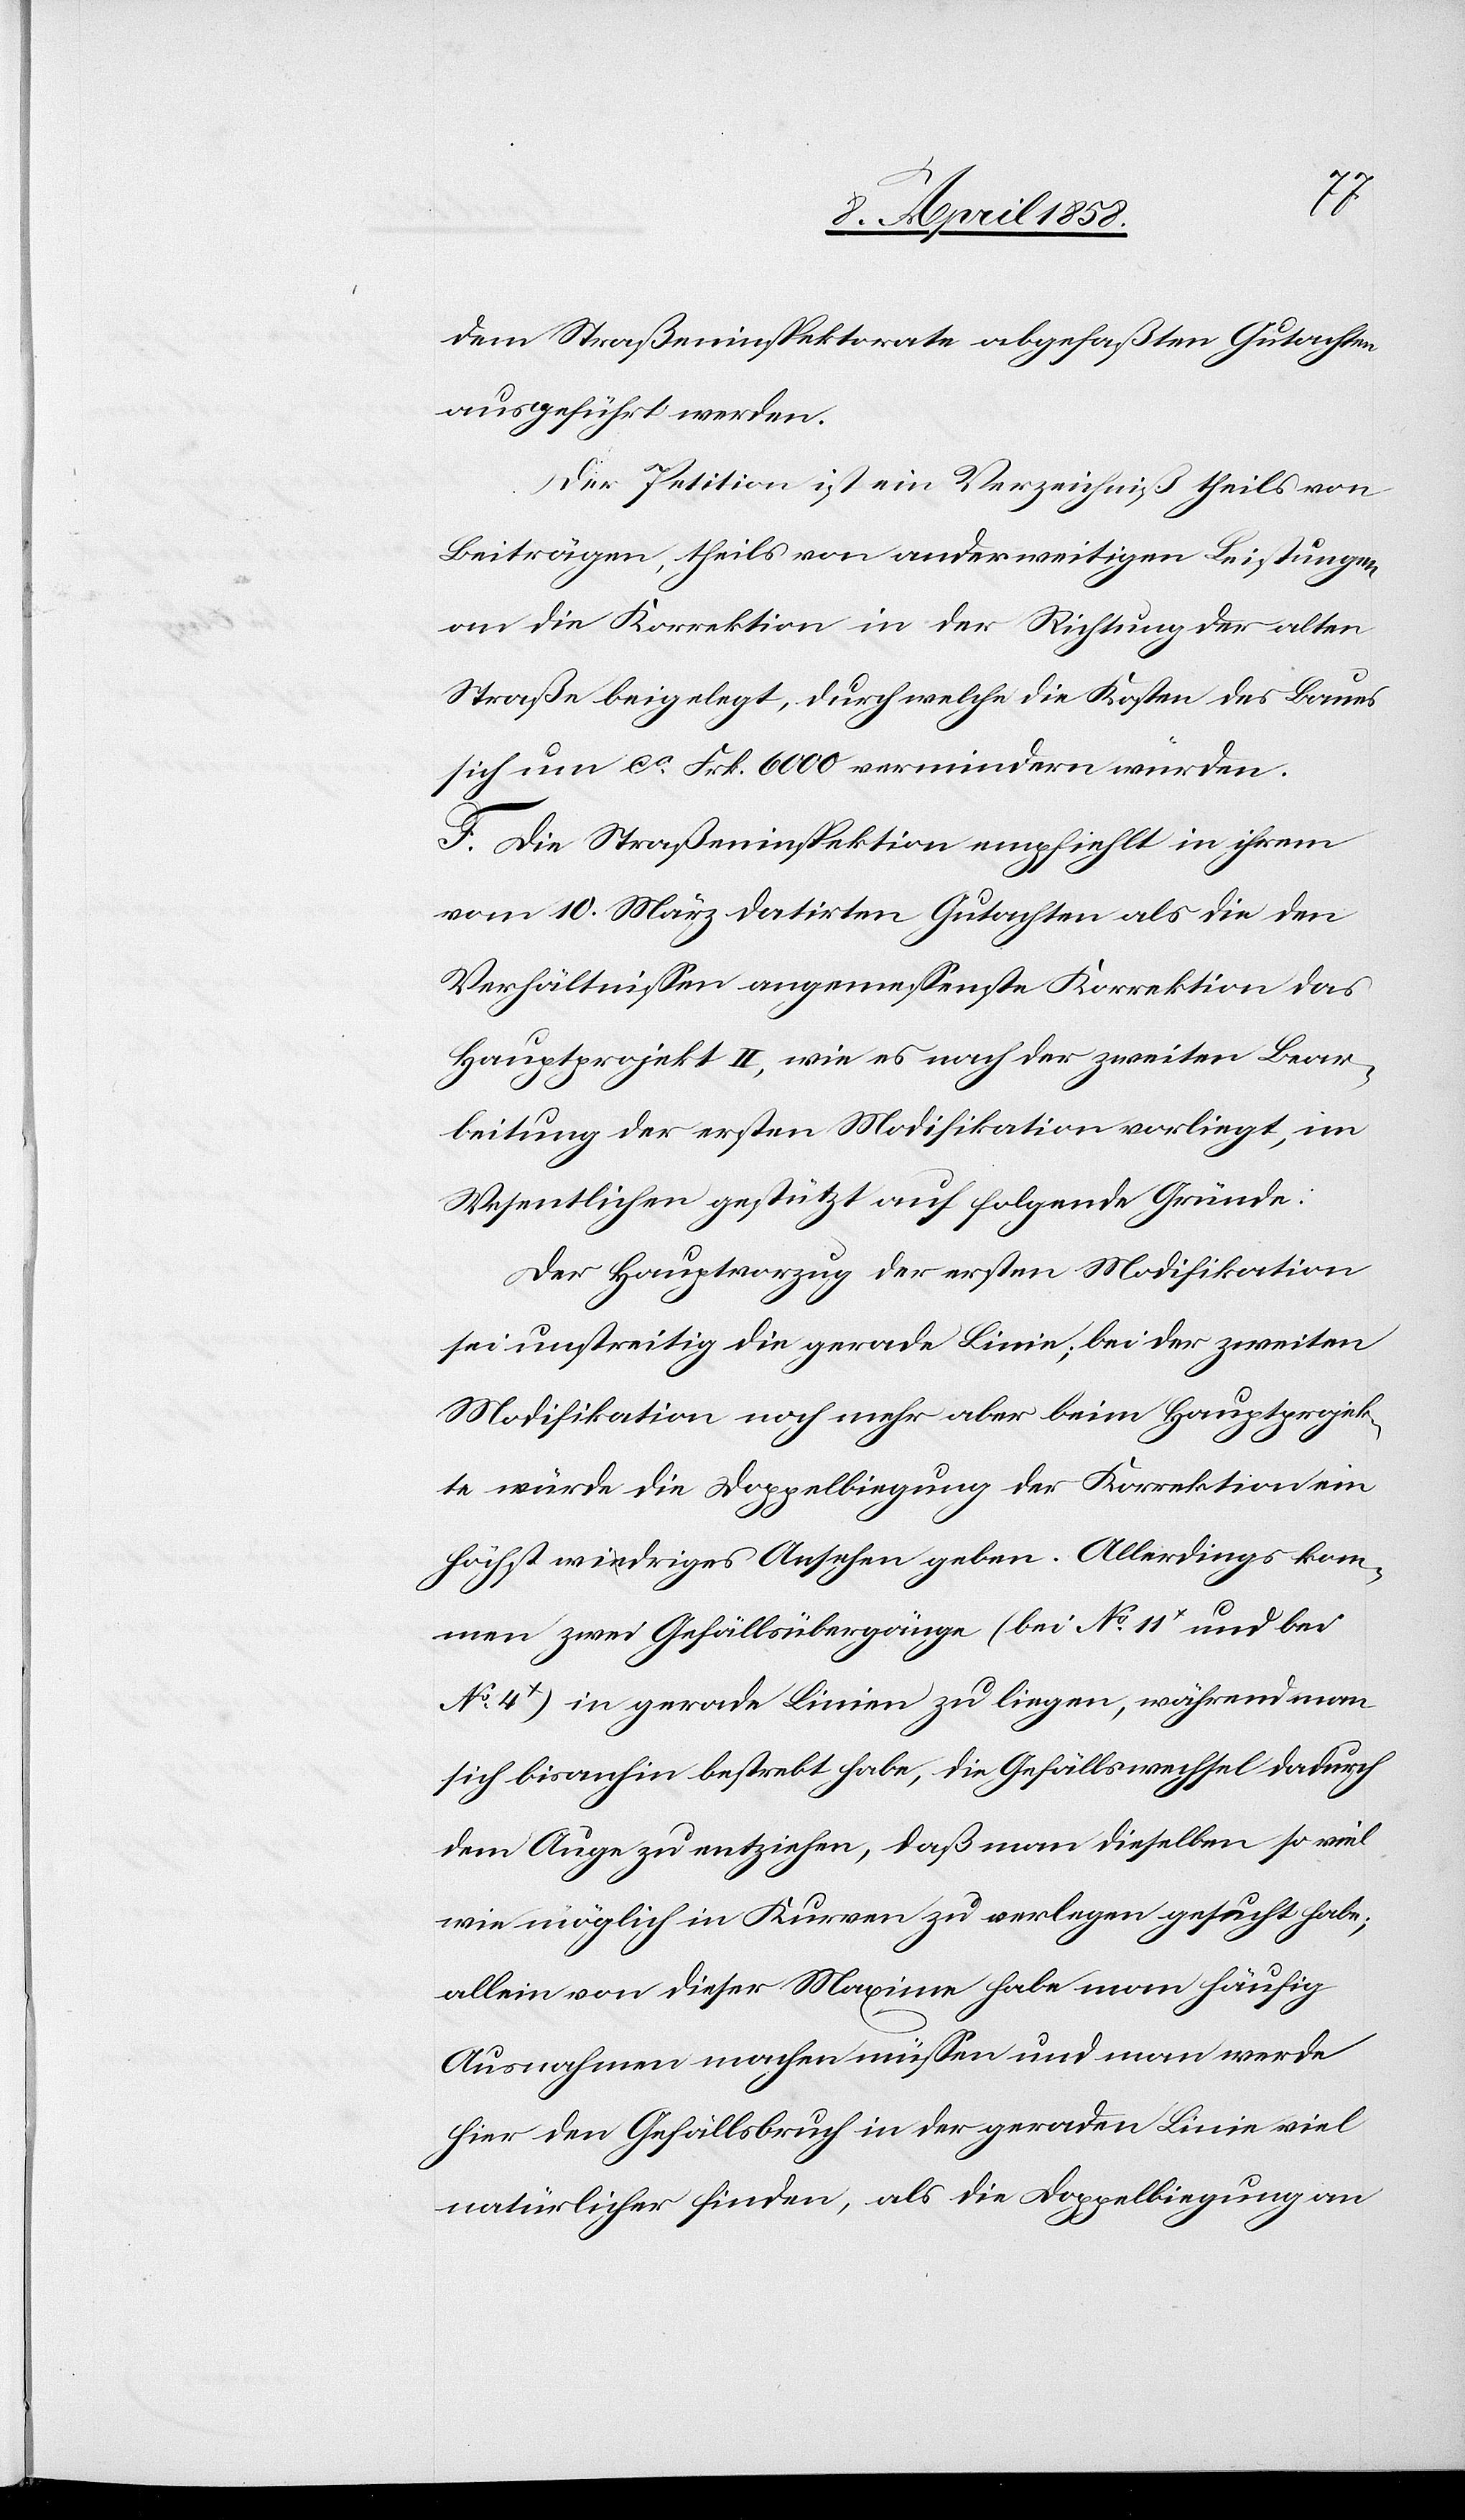
dem Straßeninspektorate abgefaßten Gutachten
ausgeführt werden.
Der Petition ist ein Verzeichniß theils von
Beiträgen, theils von anderweitigen Leistungen
an die Korrektion in der Richtung der alten
Straße beigelegt, durch welche die Kosten des Baues
sich um ca Frk. 6000 vermindern würden.
E. Die Straßenbauinspektion empfiehlt in ihrem
vom 10. März datirten Gutachten als die den
Verhältnissen angemessenste Korrektion das
Hauptprojekt II, wie es nach der zweiten Bear¬
beitung der ersten Modifikation vorliegt, im
Wesentlichen gestützt auf folgende Gründe:
Der Hauptvorzug der ersten Modifikation
sei unstreitig die gerade Linie, bei der zweiten
Modifikation noch mehr aber beim Hauptprojek¬
te würde die Doppelbiegung der Korrektion ein
höchst niedriges Ansehen geben. Allerdings kom¬
men zwei Gefällsübergänge (bei No 11x und bei
No 4x) in gerader Linien zu liegen, während man
sich bisanhin bestrebt habe, die Gefällswechsel dadurch
dem Auge zu entziehen, daß man dieselben so viel
wie möglich in Kurven zu verlegen gesucht habe;
allein von dieser Maxime habe man häufig
Ausnahmen machen müssen und man werde
hier den Gefällsbruch in der geraden Linie viel
natürlicher finden, als die Doppelbiegung an